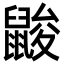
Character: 𪕞